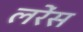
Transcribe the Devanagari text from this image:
लरेंस